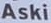
Aski